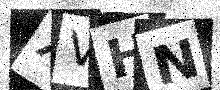
Text: XVHN